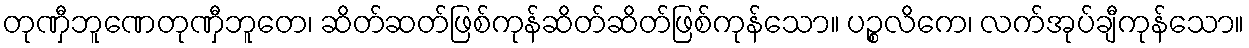
တုဏှီဘူဏေတုဏှီဘူတေ၊ ဆိတ်ဆတ်ဖြစ်ကုန်ဆိတ်ဆိတ်ဖြစ်ကုန်သော။ ပဉ္စလိကေ၊ လက်အုပ်ချီကုန်သော။